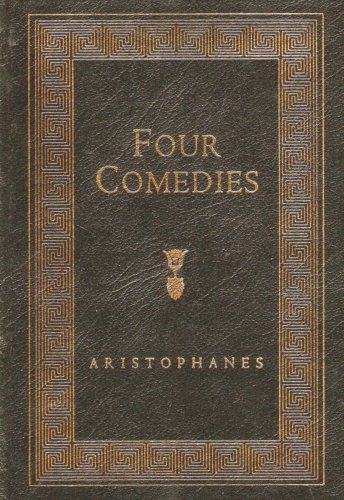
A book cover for Four Comedies; Aristophanes; Literature & Fiction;